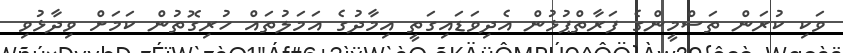
ވަކި ކުރަން ތަސްމީންގެ ފަރާތްޕުޅުން އެދިވަޑައިގަތީ އިމާދުގެ އަމަލުތައް ހުރިގޮތުން ކަމަށް ވިދާޅުވި